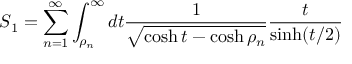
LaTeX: S _ { 1 } = \sum _ { n = 1 } ^ { \infty } \int _ { \rho _ { n } } ^ { \infty } d t \frac { 1 } { \sqrt { \cosh t - \cosh \rho _ { n } } } \frac { t } { \sinh ( t / 2 ) }